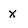
Character: X